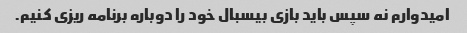
امیدوارم نه سپس باید بازی بیسبال خود را دوباره برنامه ریزی کنیم.